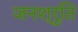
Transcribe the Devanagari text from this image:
जनश्रूति